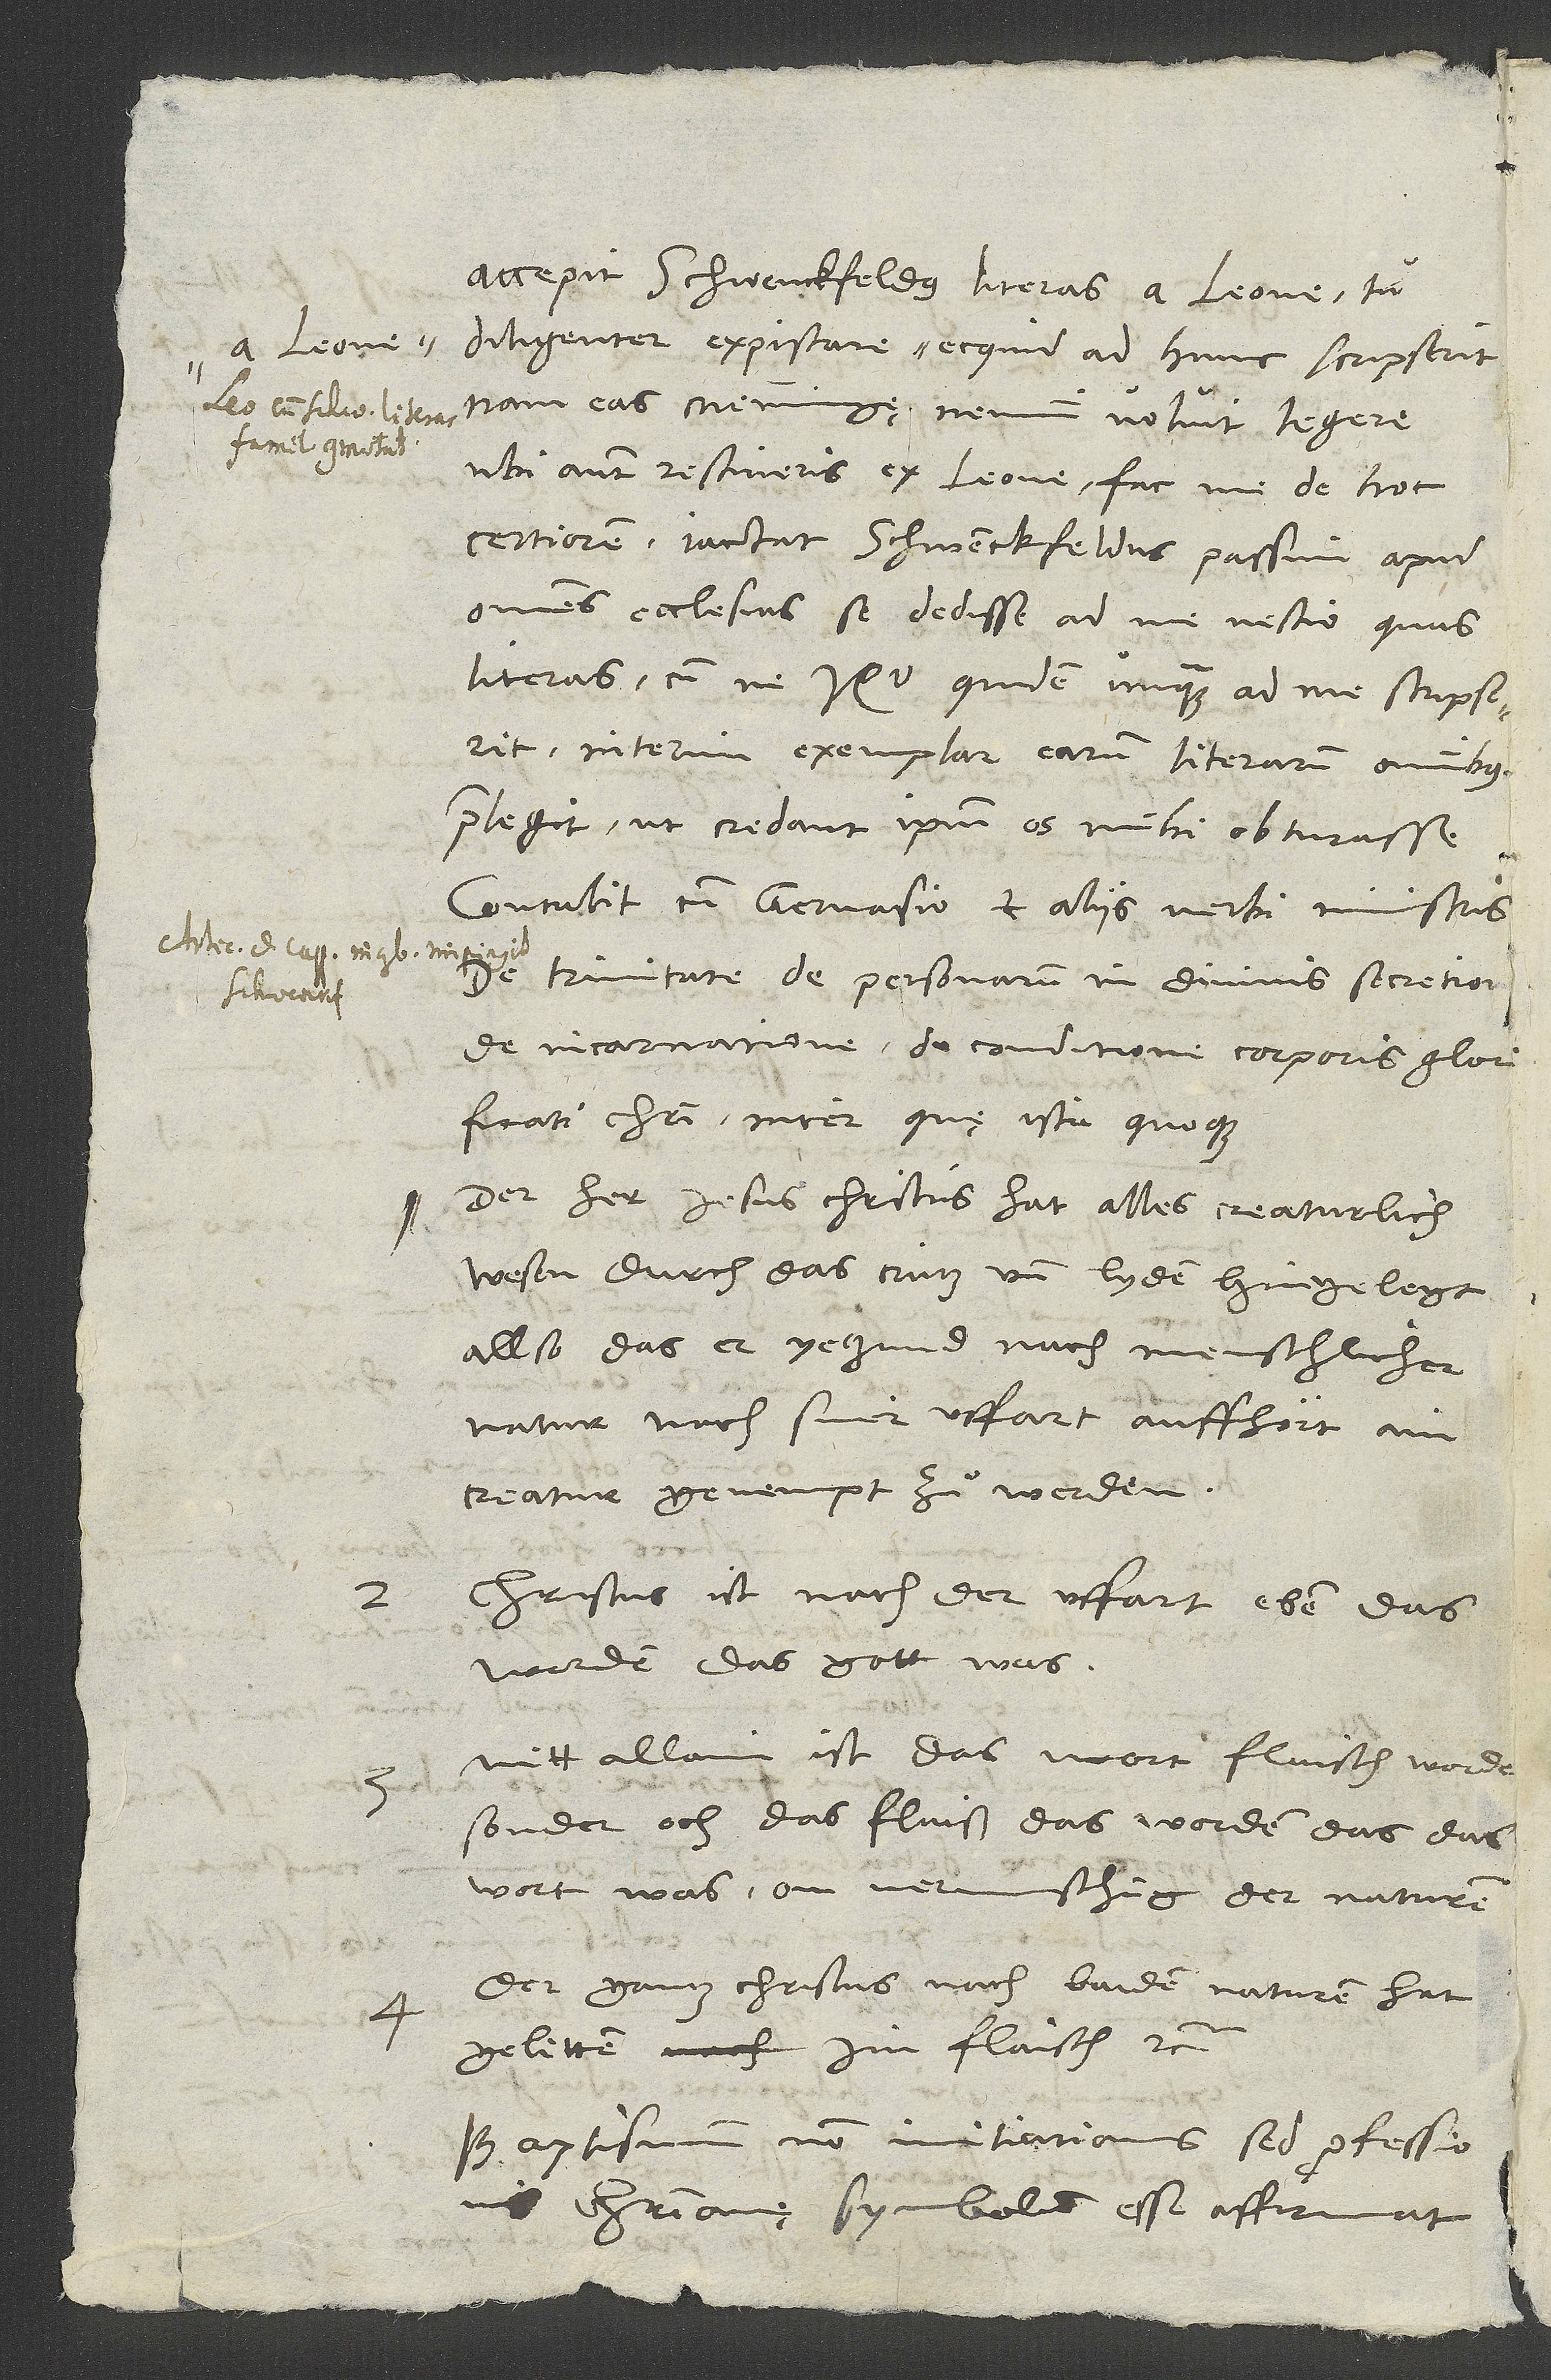
4.

Accepit Schwenckfeldus literas a Leone. Tu
diligenter expiscare a Leone, ecquid ad hunc scripserit.
Nam eas Memmingę nemini voluit legere.
Ubi autem resciveris ex Leone, fac me de hoc
certiorem. Iactat Schwenckfeldus passim apud
omnes ecclesias se dedisse ad me nescio quas
literas, cum ne quidem unquam ad me scripserit.
Interim exemplar earum literarum omnibus
praelegit, ut credant ipsum os mihi obturasse.
Contulit cum Gervasio et aliis verbi minstris
de trinitate, de personarum in divinis secretione,
de incarnatione, de conditione corporis glorificati
Christi, inter quę ista quoque:
Der her Jesus Christus hat alles creaturlich
wesen durch das crütz und lyden hingelegt,
allso das er yetzund nach menschlicher
natur nach siner uffart auffhört ain
creatur genempt zuͦ werden.
Christus ist nach der uffart eben das
worden, das gott was.
Nitt allain ist das wort flaisch worden,
sonder och das flaisch das worden, das das
wort was, on vermischung der naturen.
Der gantz Christus nach baiden naturen hat
gelitten im flaisch» etc.
Baptismum non initiationis, sed professionis
christianę symbolum esse affirmat.